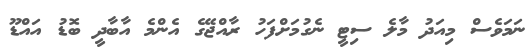
ނަމަވެސް މިއަދު މާލެ ސިޓީ ނެގުމަށްފަހު ރާއްޖޭގެ އެންމެ އާބާދީ ބޮޑު އައްޑޫ